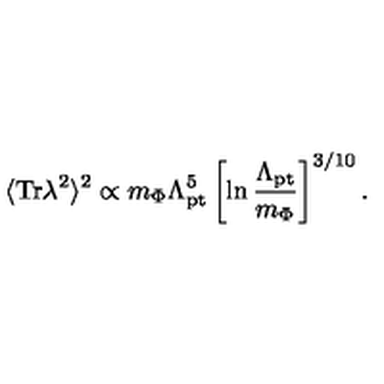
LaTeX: \langle \mathrm { T r } \lambda ^ { 2 } \rangle ^ { 2 } \propto m _ { \Phi } \Lambda _ { \mathrm { p t } } ^ { 5 } \left[ \ln \frac { \Lambda _ { \mathrm { p t } } } { m _ { \Phi } } \right] ^ { 3 / 1 0 } .